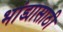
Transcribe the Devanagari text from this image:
भांड्यासाठी